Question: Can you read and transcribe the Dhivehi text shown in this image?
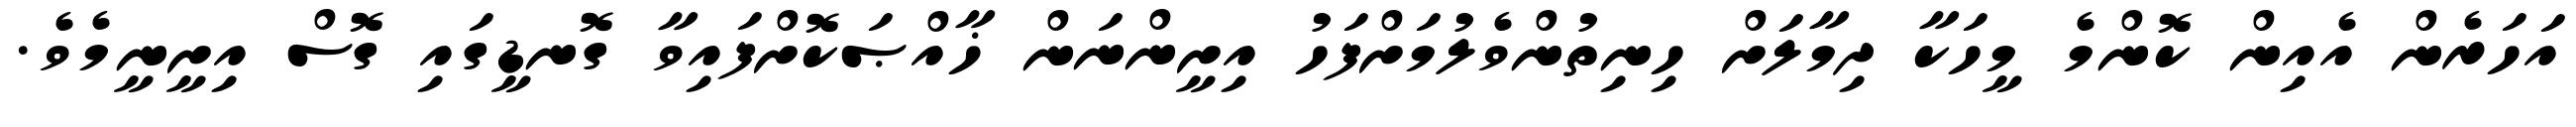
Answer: އަހަރެން އެއިން ކޮންމެ މީހަކާ ދިމާލަށް ހިނިތުންވެލުމަށްފަހު އިށީންނަން ޚާއްޞަކޮށްފައިވާ ގޮނޑީގައި ގޮސް އިށީނީމެވެ.